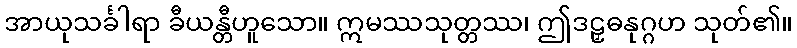
အာယုသင်္ခါရာ ခီယန္တီဟူသော။ ဣမဿသုတ္တဿ၊ ဤဒဠှဓနုဂ္ဂဟ သုတ်၏။